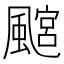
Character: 𩘎